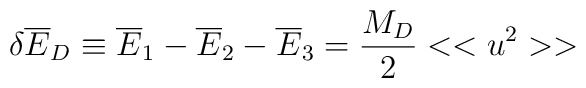
\delta {\overline E}_D \equiv  {\overline E}_1 - {\overline E}_2 - {\overline E_3} ={M_D \over 2}<<u^2>>